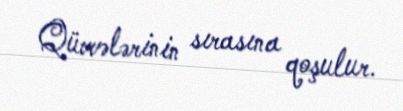
Qüvvələrinin sırasına qoşulur.